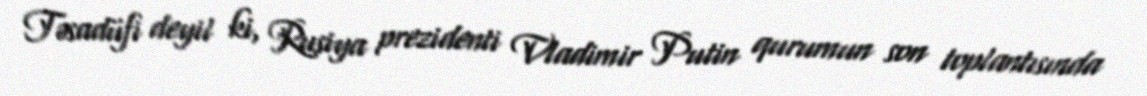
Təsadüfi deyil ki, Rusiya prezidenti Vladimir Putin qurumun son toplantısında